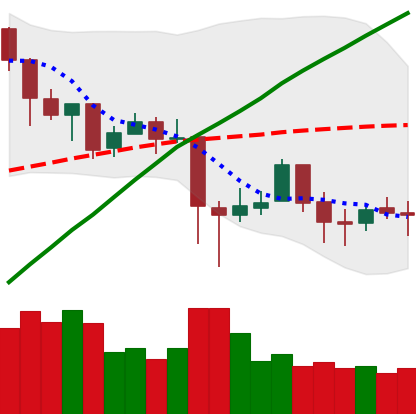
Ticker: BTC-USD
Chart end date: 2018-01-26
Forward return: -8.507%
Label: down_7plus